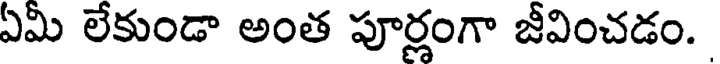
ఏమీ లేకుండా అంత పూర్లంగా జీవించడం.